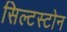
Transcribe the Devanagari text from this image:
सिल्टस्टोन